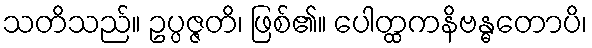
သတိသည်။ ဥပ္ပဇ္ဇတိ၊ ဖြစ်၏။ ပေါတ္ထကနိဗန္ဓတောပိ၊